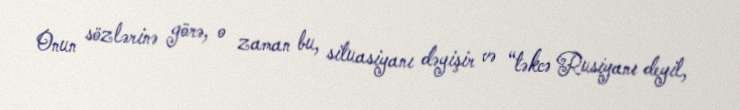
Onun sözlərinə görə, o zaman bu, situasiyanı dəyişir və “təkcə Rusiyanı deyil,